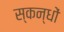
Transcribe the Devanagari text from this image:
स्कन्धों